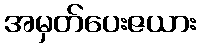
အမှတ်ပေးဇယား